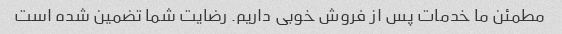
مطمئن ما خدمات پس از فروش خوبی داریم. رضایت شما تضمین شده است